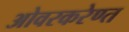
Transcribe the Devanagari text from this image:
ओवरकरेण्त